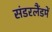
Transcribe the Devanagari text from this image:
संडरलैंडमें